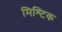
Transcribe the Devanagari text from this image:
मिश्टिक